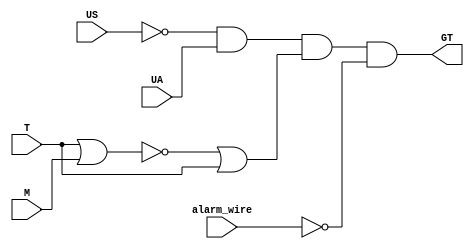
module Gotejamento(US, UA, T, M, alarm_wire, GT);
	input US, UA, T, M, alarm_wire;
	output GT;
	
	not Not1(alarme_barrado, alarm_wire);
	
	not Not0(us_barrado, US);
	and And0(ua0_us1, us_barrado, UA);
	
	nor NotOr0(t0_m0, T, M);
	or Or0(ativa1, t0_m0, T);
	
	and And1(GT, ua0_us1, ativa1, alarme_barrado);
	
endmodule